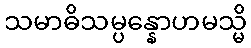
သမာဓိသမ္ပန္နောဟမသ္မိ